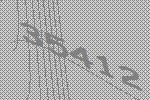
35412